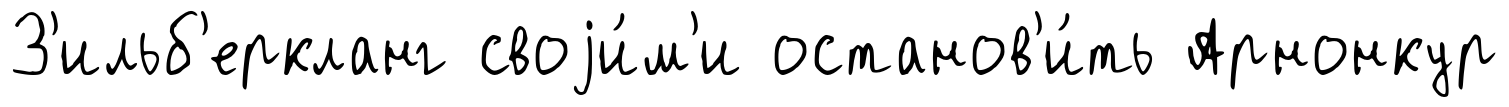
З'ильб'еркланг своjи́м'и останов'и́ть Арнонкур